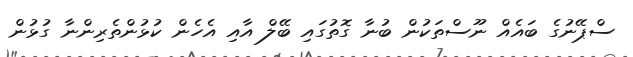
ސްޕޭނުގެ ބައެއް ނޫސްތަކުން ބުނާ ގޮތުގައި ބޭލް އާއި އެހެން ކުޅުންތެރިންނާ ގުޅުން